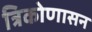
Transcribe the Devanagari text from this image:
त्रिकोणासन